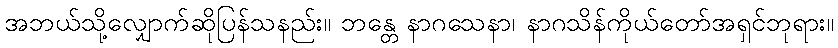
အဘယ်သို့လျှောက်ဆိုပြန်သနည်း။ ဘန္တေ နာဂသေနာ၊ နာဂသိန်ကိုယ်တော်အရှင်ဘုရား။